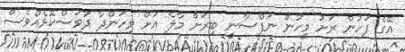
އޭގެ ފަހުން ރަށު މީހުން ނަފްސާނީ ބިރަށް މާލެ އަށް ވިހަންދާ ދުވަސްކޮޅެއްވެސް